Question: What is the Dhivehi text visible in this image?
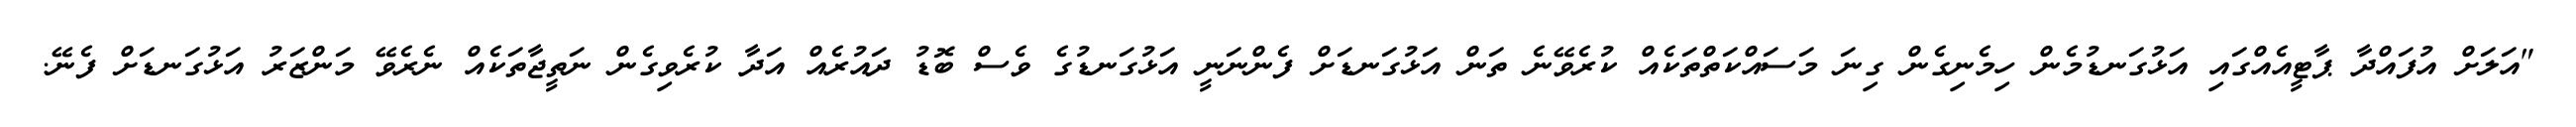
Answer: "އަލަށް އުފައްދާ ޕާޓީއެއްގައި އަޅުގަނޑުމެން ހިމެނިގެން ގިނަ މަސައްކަތްތަކެއް ކުރެވޭނެ ތަން އަޅުގަނޑަށް ފެންނަނީ އަޅުގަނޑުގެ ވެސް ބޮޑު ދައުރެއް އަދާ ކުރެވިގެން ނަތީޖާތަކެއް ނެރެވޭ މަންޒަރު އަޅުގަނޑަށް ފެނޭ.